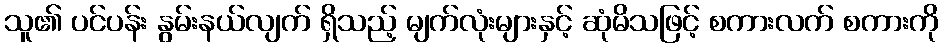
သူ၏ ပင်ပန်း နွမ်းနယ်လျက် ရှိသည့် မျက်လုံးများနှင့် ဆုံမိသဖြင့် စကားလက် စကားကို